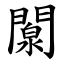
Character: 闎